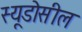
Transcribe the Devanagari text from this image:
स्यूडोसील